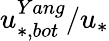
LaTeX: u_{*,bot}^{Yang}/u_{*}